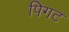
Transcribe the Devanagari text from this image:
पिगट